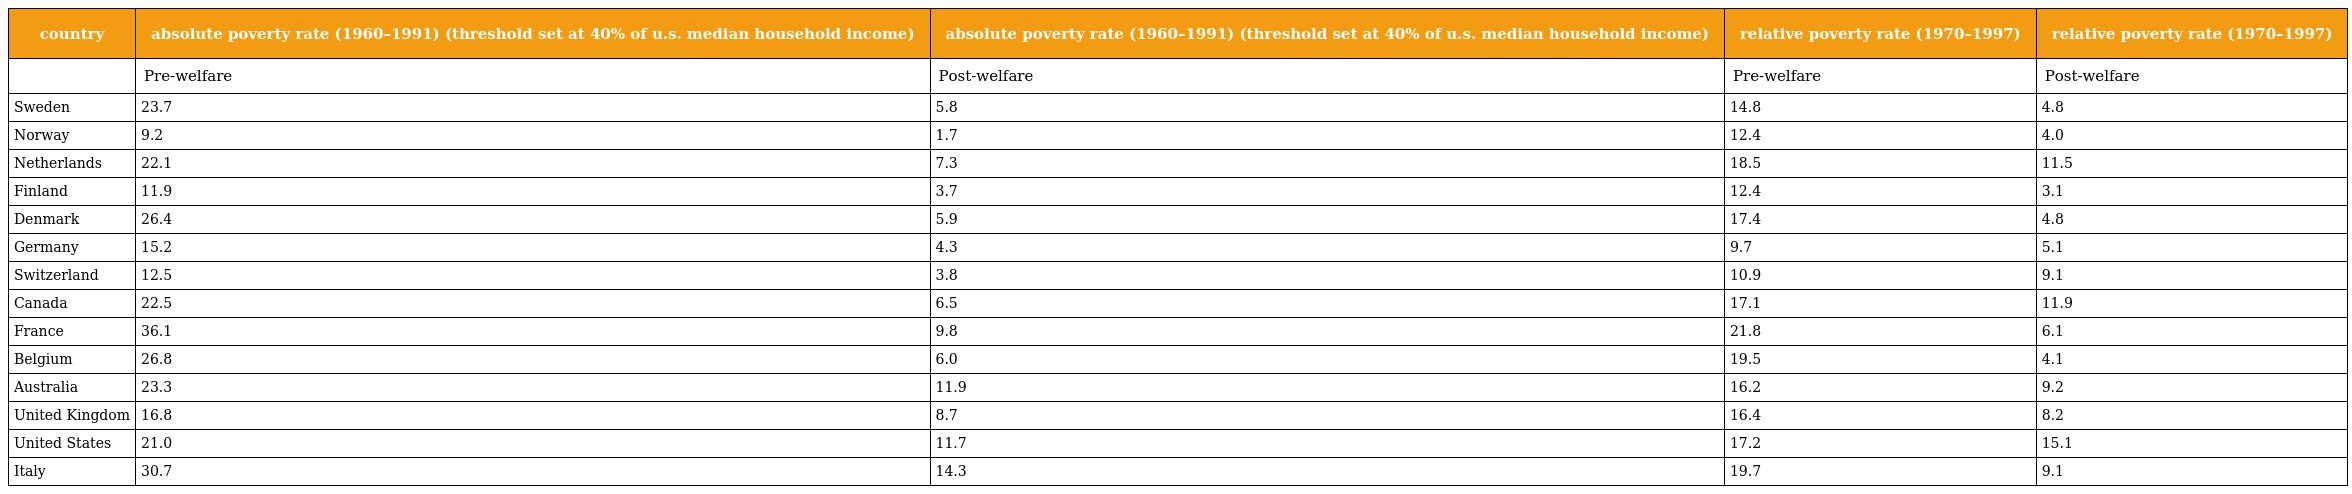
| country | absolute poverty rate (1960–1991) (threshold set at 40% of u.s. median household income) | absolute poverty rate (1960–1991) (threshold set at 40% of u.s. median household income) | relative poverty rate (1970–1997) | relative poverty rate (1970–1997) |
 | --- | --- | --- | --- | --- |
 |  | Pre-welfare | Post-welfare | Pre-welfare | Post-welfare |
 | Sweden | 23.7 | 5.8 | 14.8 | 4.8 |
 | Norway | 9.2 | 1.7 | 12.4 | 4.0 |
 | Netherlands | 22.1 | 7.3 | 18.5 | 11.5 |
 | Finland | 11.9 | 3.7 | 12.4 | 3.1 |
 | Denmark | 26.4 | 5.9 | 17.4 | 4.8 |
 | Germany | 15.2 | 4.3 | 9.7 | 5.1 |
 | Switzerland | 12.5 | 3.8 | 10.9 | 9.1 |
 | Canada | 22.5 | 6.5 | 17.1 | 11.9 |
 | France | 36.1 | 9.8 | 21.8 | 6.1 |
 | Belgium | 26.8 | 6.0 | 19.5 | 4.1 |
 | Australia | 23.3 | 11.9 | 16.2 | 9.2 |
 | United Kingdom | 16.8 | 8.7 | 16.4 | 8.2 |
 | United States | 21.0 | 11.7 | 17.2 | 15.1 |
 | Italy | 30.7 | 14.3 | 19.7 | 9.1 |